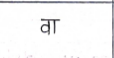
मजकूर: वा